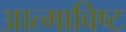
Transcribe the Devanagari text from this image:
आत्माविष्ट